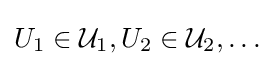
U_{1}\in {\mathcal {U}}_{1},U_{2}\in {\mathcal {U}}_{2},\dots